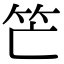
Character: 笀